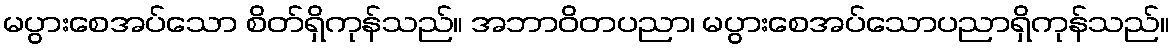
မပွားစေအပ်သော စိတ်ရှိကုန်သည်။ အဘာဝိတပညာ၊ မပွားစေအပ်သောပညာရှိကုန်သည်။